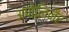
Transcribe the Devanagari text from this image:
अपोलिनैर